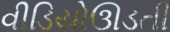
વીડિયોઊડતી